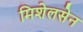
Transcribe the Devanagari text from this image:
मिशेलसेन